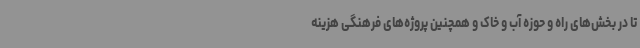
تا در بخش‌های راه و حوزه آب و خاک و همچنین پروژه‌های فرهنگی هزینه